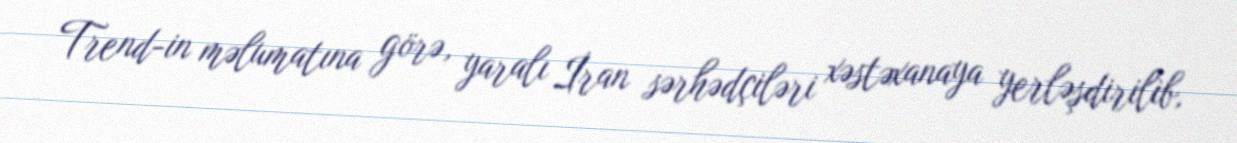
Trend-in məlumatına görə, yaralı İran sərhədçiləri xəstəxanaya yerləşdirilib,